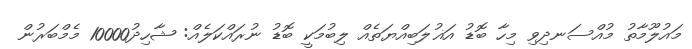
މައުލޫމާތު މުއްސަނދިވި މިހާ ބޮޑު އަޣުލަބިއްޔަތެއް ލިބުމަކީ ބޮޑު ނުރައްކަލެއް: ޝާހިދު10000 މެމްބަރުން